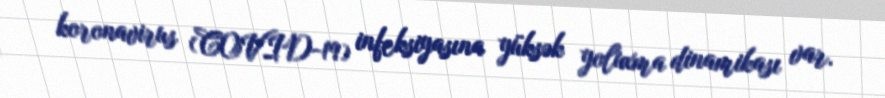
koronavirus (COVID-19) infeksiyasına yüksək yoluxma dinamikası var.